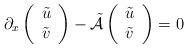
LaTeX: \begin{align*} \begin{array}{ll}\partial_x \left( \begin{array}{ll} {\tilde u} \\ {\tilde v} \end{array} \right) -\tilde{\mathcal A}\left( \begin{array}{ll} {\tilde u} \\ {\tilde v} \end{array} \right) = 0\end{array} \end{align*}